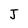
Character: J